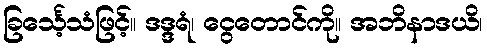
ခြင်္သေ့သံဖြင့်။ ဒဒ္ဒရံ၊ ငွေတောင်ကို။ အဘိနာဒယိ၊